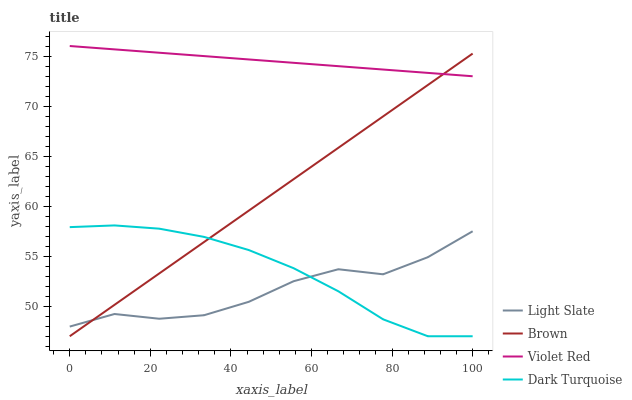
| xaxis_label | Light Slate | Brown | Violet Red | Dark Turquoise |
 | --- | --- | --- | --- | --- |
 | 0 | 48 | 47 | 76 | 57.9 |
 | 11.1 | 49.2 | 50.1 | 75.7 | 58.1 |
 | 22.2 | 48.7 | 53.3 | 75.3 | 57.7 |
 | 33.3 | 49.1 | 56.4 | 75 | 56.9 |
 | 44.4 | 50.4 | 59.6 | 74.7 | 55.6 |
 | 55.6 | 52.5 | 62.7 | 74.3 | 53.8 |
 | 66.7 | 53.7 | 65.8 | 74 | 51.5 |
 | 77.8 | 53.2 | 69 | 73.6 | 48.7 |
 | 88.9 | 54.9 | 72.1 | 73.3 | 47 |
 | 100 | 57.5 | 75.2 | 73 | 47 |